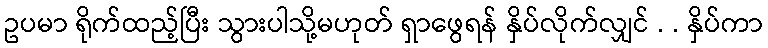
ဥပမာ ရိုက်ထည့်ပြီး သွားပါသို့မဟုတ် ရှာဖွေရန် နှိပ်လိုက်လျှင် . . နှိပ်ကာ